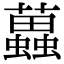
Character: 𧓵